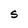
Character: s